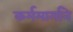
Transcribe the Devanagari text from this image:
कर्ममार्गाने